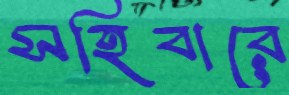
সহিবারে